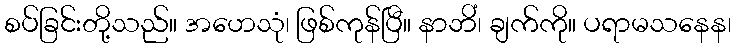
စပ်ခြင်းတို့သည်။ အဟေသုံ၊ ဖြစ်ကုန်ပြီ။ နာဘိံ၊ ချက်ကို။ ပရာမသနေန၊